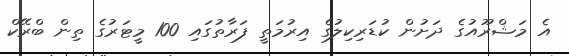
އެ މަޝްރޫއުގެ ދަށުން ކުޑަރިކިލުގެ އިރުމަތީ ފަރާތުގައި 100 މީޓަރުގެ ތިން ބްރޭކް